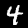
Label: 4